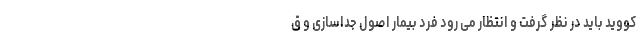
کووید باید در نظر گرفت و انتظار می رود فرد بیمار اصول جداسازی و ق